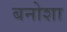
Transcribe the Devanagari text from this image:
बनोशा